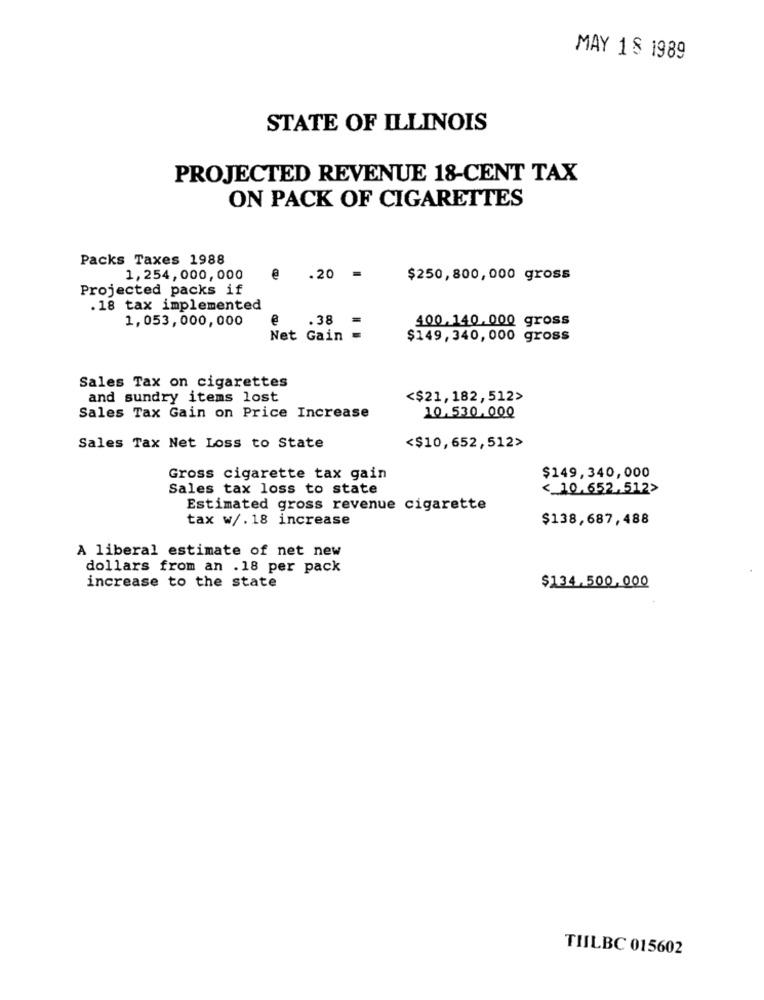
MAY 1 8 1989
STATE OF ILLINOIS
PROJECTED REVENUE 18-CENT TAX
ON PACK OF CIGARETTES
Packs Taxes 1988
1,254,000,000
@
.20
=
$250,800, 000 gross
Projected packs if
.18 tax implemented
1,053,000,000
e
.38
400.140.000 gross
Net Gain =
$149,340, 000 gross
Sales Tax on cigarettes
and sundry items lost
<$21, 182, 512>
10.530.000
Sales Tax Gain on Price Increase
Sales Tax Net Loss to State
<$10,652, 512>
Gross cigarette tax gain
$149,340,000
Sales tax loss to state
< 10.652,512>
Estimated gross revenue cigarette
tax w/. 18 increase
$138,687,488
A liberal estimate of net new
dollars from an .18 per pack
increase to the state
$134.500.000
TILBC 015602